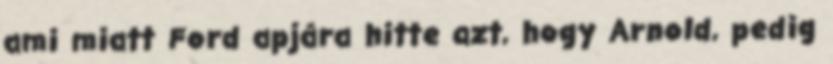
ami miatt Ford apjára hitte azt, hogy Arnold, pedig